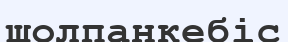
шолпанкебіс